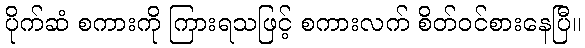
ပိုက်ဆံ စကားကို ကြားရသဖြင့် စကားလက် စိတ်ဝင်စားနေပြီ။